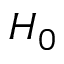
H _ { 0 }